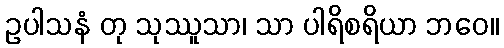
ဥပါသနံ တု သုဿူသာ၊ သာ ပါရိစရိယာ ဘဝေ။